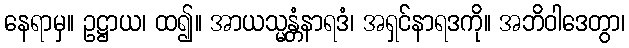
နေရာမှ။ ဥဋ္ဌာယ၊ ထ၍။ အာယသ္မန္တံနာရဒံ၊ အရှင်နာရဒကို။ အဘိဝါဒေတွာ၊